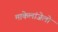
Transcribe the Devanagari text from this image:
माकेलांजेलो